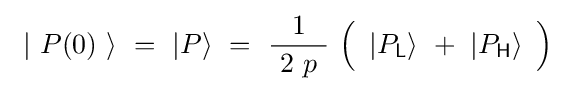
\ \left|\ P(0)\ \right\rangle \ =\ \left|P\right\rangle \ =\ {\frac {1}{\ 2\ p\ }}\ {\Bigl (}\ \left|P_{\mathsf {L}}\right\rangle \ +\ \left|P_{\mathsf {H}}\right\rangle \ {\Bigr )}\